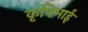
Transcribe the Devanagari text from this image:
कृषिभाई